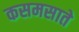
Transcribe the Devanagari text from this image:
कसमसाते